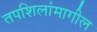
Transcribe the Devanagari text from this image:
तपशिलांमागील